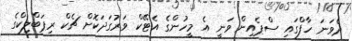
ދެވަނަ ހާފްގައި ސްޕެއިން ވަނީ އެ މީހުންގެ އެޓޭކް ވަރުގަދަކޮށް ޗެކް ރިޕަބްލިކްގެ